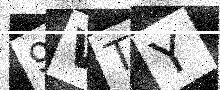
Text: 9VTY